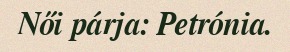
Női párja: Petrónia.